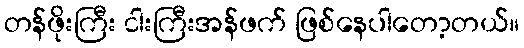
တန်ဖိုးကြီး ငါးကြီးအန်ဖက် ဖြစ်နေပါတော့တယ်။